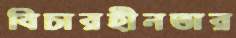
বিচারহীনতার